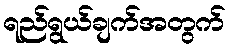
ရည်ရွယ်ချက်အတွက်